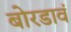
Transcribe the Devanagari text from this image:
बोरडावं